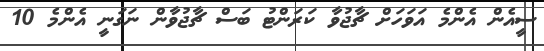
ސީއެން އެންމެ އަވަހަށް ޗާޖުވާ ކަރަންޓު ބަސް ޗާޖުވާން ނަގަނީ އެންމެ 10